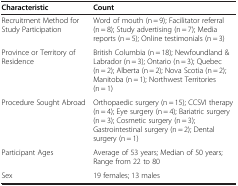
<table><thead><tr><td><b>Characteristic</b></td><td><b>Count</b></td></tr></thead><tbody><tr><td>Recruitment Method for Study Participation</td><td>Word of mouth (n = 9); Facilitator referral (n = 8); Study advertising (n = 7); Media reports (n = 5); Online testimonials (n = 3)</td></tr><tr><td>Province or Territory of Residence</td><td>British Columbia (n = 18); Newfoundland &amp; Labrador (n = 3); Ontario (n = 3); Quebec (n = 2); Alberta (n = 2); Nova Scotia (n = 2); Manitoba (n = 1); Northwest Territories (n = 1)</td></tr><tr><td>Procedure Sought Abroad</td><td>Orthopaedic surgery (n = 15); CCSVI therapy (n = 4); Eye surgery (n = 4); Bariatric surgery (n = 3); Cosmetic surgery (n = 3); Gastrointestinal surgery (n = 2); Dental surgery (n = 1)</td></tr><tr><td>Participant Ages</td><td>Average of 53 years; Median of 50 years; Range from 22 to 80</td></tr><tr><td>Sex</td><td>19 females; 13 males</td></tr></tbody></table>